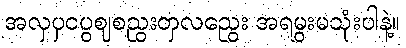
အလှပှငပွဈစညွးတှလညွေး အရမွးမသုံးပါနဲ့။